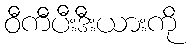
ဝီကီပီးဒီးယားကို